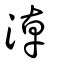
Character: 淖